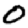
Digit: 0